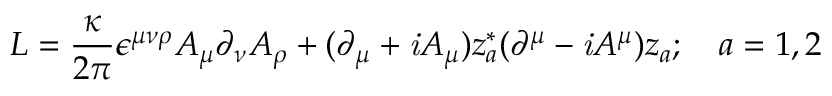
{ \cal L } = \frac { \kappa } { 2 \pi } \epsilon ^ { \mu \nu \rho } A _ { \mu } \partial _ { \nu } A _ { \rho } + ( \partial _ { \mu } + { \it i } A _ { \mu } ) z _ { a } ^ { * } ( \partial ^ { \mu } - { \it i } A ^ { \mu } ) z _ { a } ; ~ ~ ~ a = 1 , 2